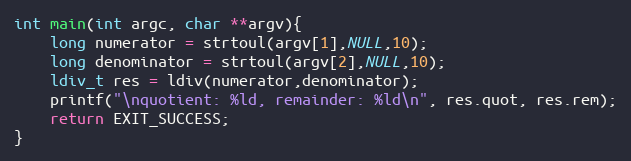
Language: C
int main(int argc, char **argv){
    long numerator = strtoul(argv[1],NULL,10);
    long denominator = strtoul(argv[2],NULL,10);
    ldiv_t res = ldiv(numerator,denominator);
    printf("\nquotient: %ld, remainder: %ld\n", res.quot, res.rem);
    return EXIT_SUCCESS;
}